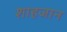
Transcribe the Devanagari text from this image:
शाहजान